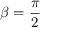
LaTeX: \beta = { \frac { \pi } { 2 } }